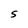
Character: S